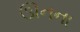
ઊનના